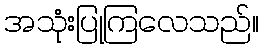
အသုံးပြုကြလေသည်။